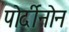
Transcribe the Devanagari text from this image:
पोर्दीनोन